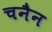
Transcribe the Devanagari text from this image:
चनैन